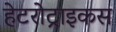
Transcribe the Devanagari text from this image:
हेटरोट्राइकस